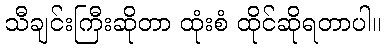
သီချင်းကြီးဆိုတာ ထုံးစံ ထိုင်ဆိုရတာပါ။